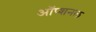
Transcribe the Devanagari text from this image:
ऑप्शनल